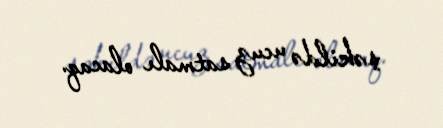
şəkildə ucuz satmalı olacaq.